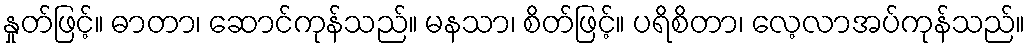
နှုတ်ဖြင့်။ ဓာတာ၊ ဆောင်ကုန်သည်။ မနသာ၊ စိတ်ဖြင့်။ ပရိစိတာ၊ လေ့လာအပ်ကုန်သည်။